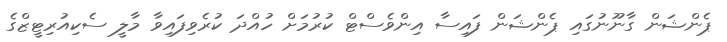
ޕެންޝަން ގާނޫނުގައި ޕެންޝަން ފައިސާ އިންވެސްޓް ކުރުމަށް ހުއްދަ ކުރެވިފައިވާ މާލީ ސެކިއުރިޓީޒްގެ